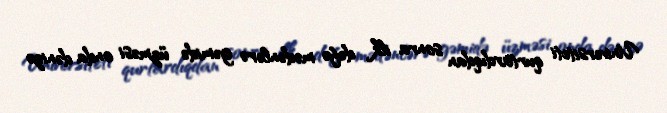
Universiteti qurtardıqdan sonra ilk dəfə mədənlərə gəmidə üzməsi onda dənizə